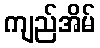
ကျည်အိမ်